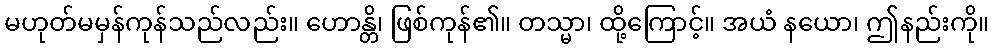
မဟုတ်မမှန်ကုန်သည်လည်း။ ဟောန္တိ၊ ဖြစ်ကုန်၏။ တသ္မာ၊ ထို့ကြောင့်။ အယံ နယော၊ ဤနည်းကို။